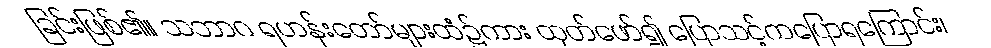
ခြင်းဖြစ်၏။ သဘာဂ ရဟန်းတော်များထံ၌ကား ထုတ်ဖော်၍ ပြောသင့်ကပြောရကြောင်း၊